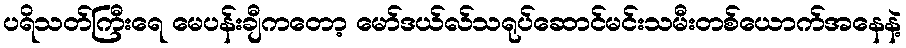
ပရိသတ်ကြီးရေ မေပန်းချီကတော့ မော်ဒယ်လ်သရုပ်ဆောင်မင်းသမီးတစ်ယောက်အနေနဲ့